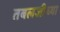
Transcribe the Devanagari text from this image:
तबलजीच्या